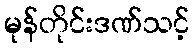
မုန်တိုင်းဒဏ်သင့်